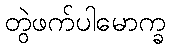
တွဲဖက်ပါမောက္ခ